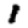
Digit: 1